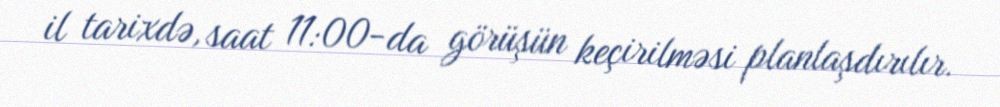
il tarixdə, saat 11:00-da görüşün keçirilməsi planlaşdırılır.